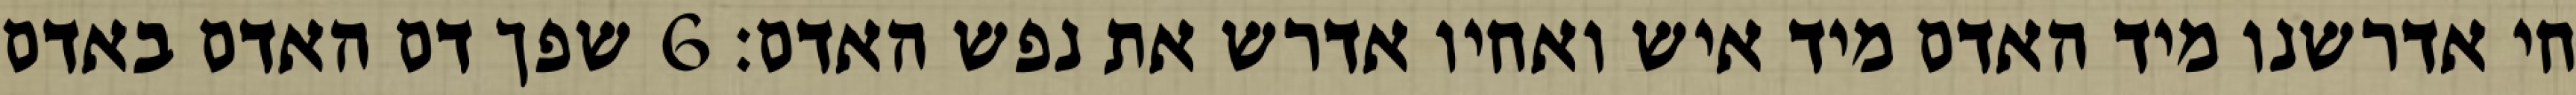
חי אדרשנו מיד האדם מיד איש ואחיו אדרש את נפש האדם׃ ‎6‏ שפך דם האדם באדם